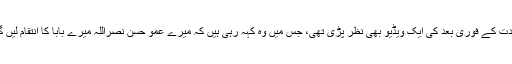
شہادت کے فوری بعد کی ایک ویڈیو بھی نظر پڑی تھی، جس میں وہ کہہ رہی ہیں کہ میرے عمّو حسن نصراللہ میرے بابا کا انتقام لیں گے۔